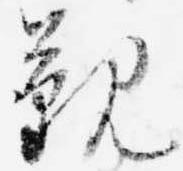
覲